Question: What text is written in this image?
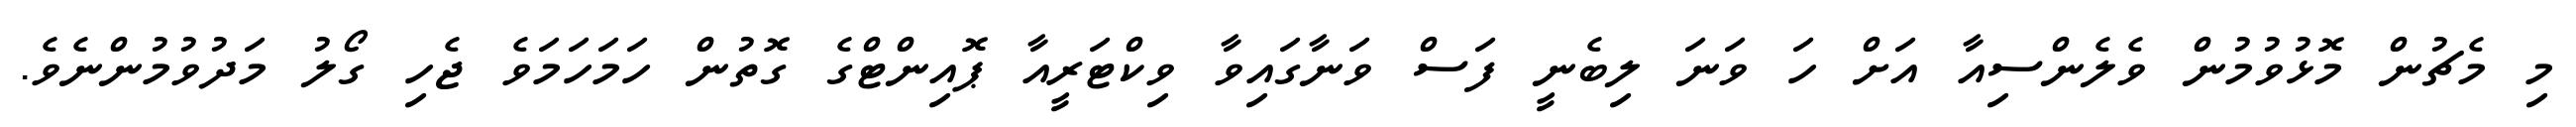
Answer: މި މެޗުން މޮޅުވުމުން ވެލެންސިއާ އަށް ހަ ވަނަ ލިބެނީ ފަސް ވަނާގައިވާ ވިކްޓަރީއާ ޕޮއިންޓްގެ ގޮތުން ހަމަހަމަވެ ޖެހި ގޯލު މަދުވުމުންނެވެ.